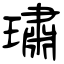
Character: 璛